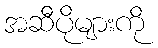
အဆီပိုများကို